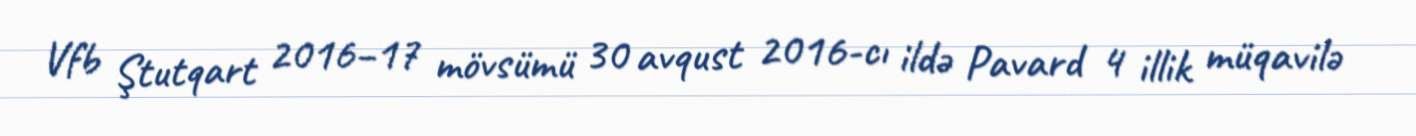
Vfb Ştutqart 2016–17 mövsümü 30 avqust 2016-cı ildə Pavard 4 illik müqavilə